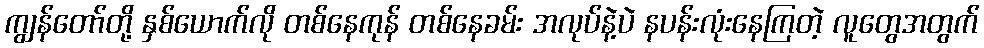
ကျွန်တော်တို့ နှစ်ယောက်လို တစ်နေကုန် တစ်နေခမ်း အလုပ်နဲ့ပဲ နပန်းလုံးနေကြတဲ့ လူတွေအတွက်